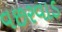
વછરવાડ